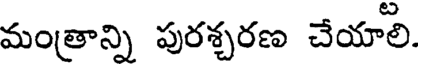
మంత్రాన్ని పురశ్చరణ చేయాలి.